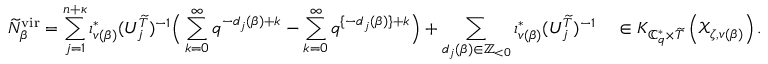
\widetilde { N } _ { \beta } ^ { \mathrm { v i r } } = \sum _ { j = 1 } ^ { n + { \boldsymbol { \kappa } } } \iota _ { v ( \beta ) } ^ { * } ( U _ { j } ^ { \widetilde { T } } ) ^ { - 1 } \Big ( \sum _ { k = 0 } ^ { \infty } q ^ { - d _ { j } ( \beta ) + k } - \sum _ { k = 0 } ^ { \infty } q ^ { \{ - d _ { j } ( \beta ) \} + k } \Big ) + \sum _ { d _ { j } ( \beta ) \in \mathbb { Z } _ { < 0 } } \iota _ { v ( \beta ) } ^ { * } ( U _ { j } ^ { \widetilde { T } } ) ^ { - 1 } \quad \in K _ { \mathbb { C } _ { q } ^ { * } \times \widetilde { T } } \left( \mathscr { X } _ { \zeta , v ( \beta ) } \right) .